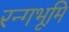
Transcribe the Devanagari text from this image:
रन्गभूमि